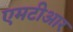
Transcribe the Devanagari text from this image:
एमटीआर